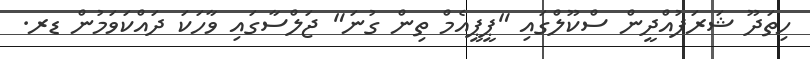
ހިތަދޫ ޝަރަފުއްދީން ސްކޫލްގައި "ޕީޕީއެމް ތިން ގުނަ" ޖަލްސާގައި ވާހަކަ ދައްކަވަމުން ޑރ.